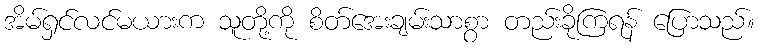
အိမ်ရှင်လင်မယားက သူတို့ကို စိတ်အေးချမ်းသာစွာ တည်းခိုကြရန် ပြောသည်။